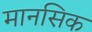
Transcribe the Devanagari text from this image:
मानसिक